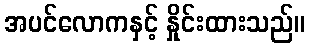
အပင်လောကနှင့် နှိုင်းထားသည်။